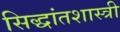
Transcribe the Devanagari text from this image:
सिद्धांतशास्त्री